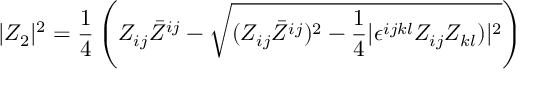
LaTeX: | Z _ { 2 } | ^ { 2 } = { \frac { 1 } { 4 } } \left( Z _ { i j } \bar { Z } ^ { i j } - \sqrt { ( Z _ { i j } \bar { Z } ^ { i j } ) ^ { 2 } - { \frac { 1 } { 4 } } | \epsilon ^ { i j k l } Z _ { i j } Z _ { k l } ) | ^ { 2 } } \right)